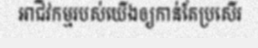
អាជីវកម្មរបស់យើងឲ្យកាន់តែប្រសើរ